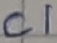
Text: C1